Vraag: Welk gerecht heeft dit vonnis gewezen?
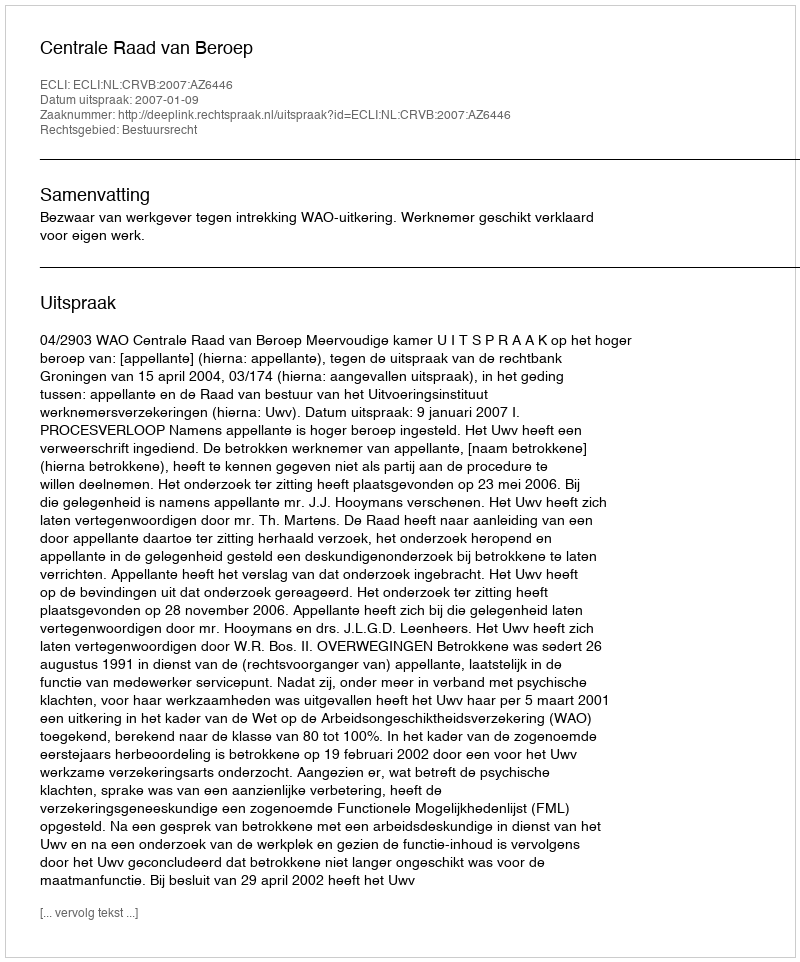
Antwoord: Centrale Raad van Beroep